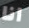
انا